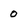
Character: 0